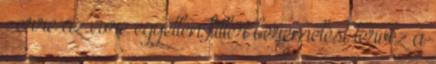
– erre az évre egyetlen fillér béremelést tervez a